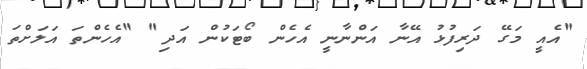
"އެއީ މަގޭ ދަރިފުޅު އޭނާ އަންނާނީ އެހެން ބޯޓަކުން އަދި" "އެހެންތަ އަލަށްތަ